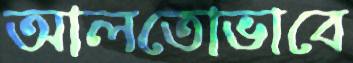
আলতোভাবে